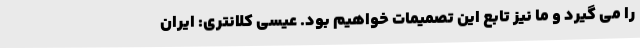
را می گیرد و ما نیز تابع این تصمیمات خواهیم بود. عیسی کلانتری: ایران